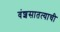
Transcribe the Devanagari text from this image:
वंशसातत्याची